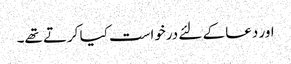
اور دعا کے لئے درخواست کیا کرتے تھے۔